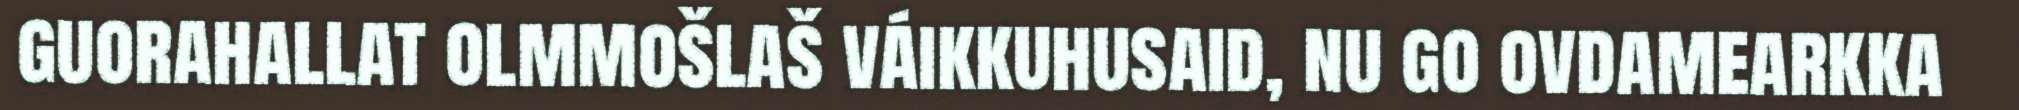
guorahallat olmmošlaš váikkuhusaid, nu go ovdamearkka